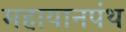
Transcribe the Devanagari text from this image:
महायानपंथ